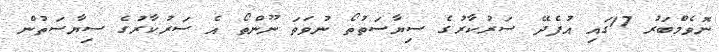
ނޮވެމްބަރު 17ގައި އުފެދޭ ސަރުކާރުގެ ސިޔާސަތުތޯ ނުވަތަ ނޫންތޯ އެ ސަރުކާރުގެ ސިޔާސަތުން